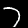
Label: 7